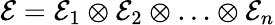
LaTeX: \mathcal{E}=\mathcal{E}_{1}\otimes\mathcal{E}_{2}\otimes\ldots\otimes\mathcal{E}_{n}